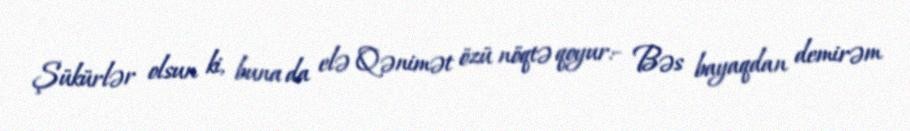
Şükürlər olsun ki, buna da elə Qənimət özü nöqtə qoyur:- Bəs bayaqdan demirəm